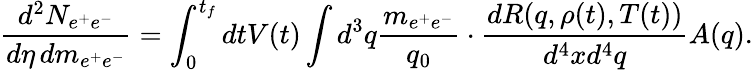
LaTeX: \frac{d^{2}N_{e^{+}e^{-}}}{d\eta\, dm_{e^{+}e^{-}}}=\int_{0}^{t_{f}}dtV(t)\int d^{3}q\frac{m_{e^{+}e^{-}}}{q_{0}}\cdot\frac{dR(q,\rho(t),T(t))}{d^{4}xd^{4}q}A(q).